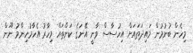
މިހެން ބުނުމުން މައިދަތައަށް އިހުސާސް ވާނީ އޭނަގެ ކަންތައް މިހާރު އެހާމުހިންމު ނޫން